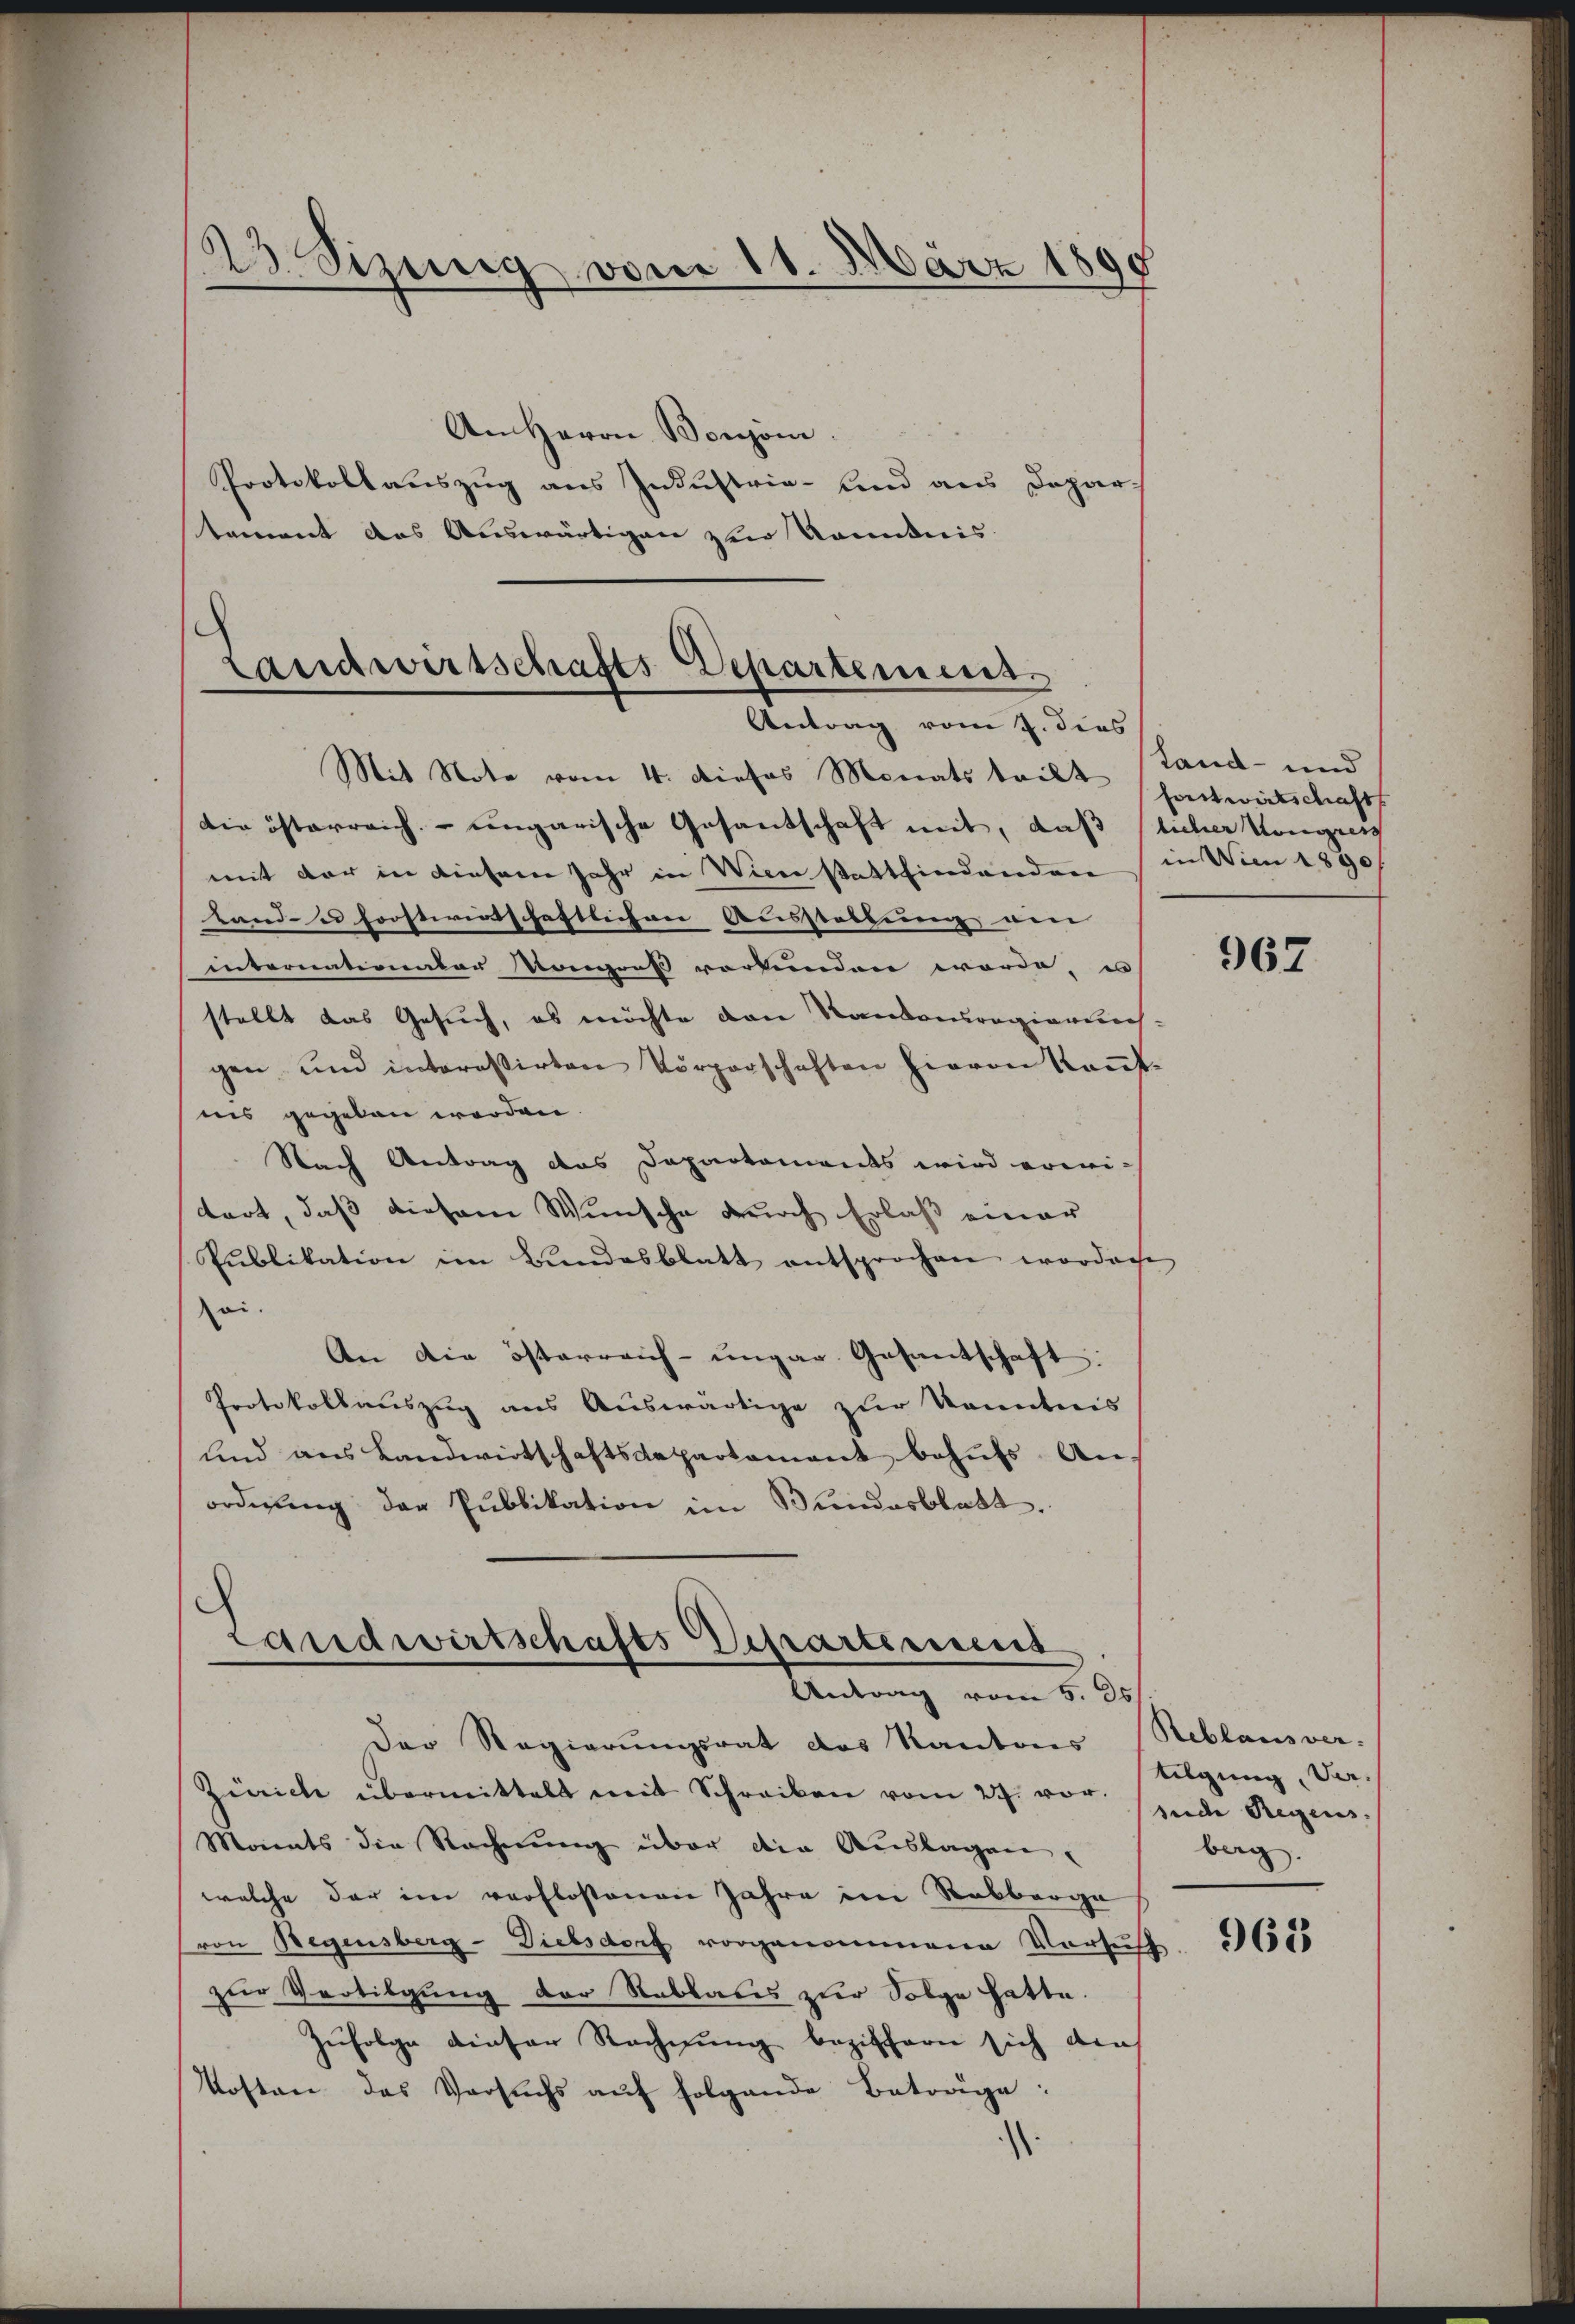
23. Sizung vom 11. März 1890

An Herrn Bonzoni
Protokollauszug aus Industrie- und aus Deparstament das Auswärtigen zur Kenntnis.

Landwirtschafts-Departemens
Antrag vom 7. dies
Mit Note vom 4. dieses Monats teilt

die österreich ungarische Gesandschaft mit, daß licher Kongren
mit der in diesem Jahr in Wienstattfindenden in Wien 1890
Land- u forstirentschaftlichen Ausstellung ein |
internation der Kongreß vorkunden worde, u
stellt das Gesuch, es möchte den Randensregierungs-
gen und interessirten Vörperschaften hievon Kauf-
nis gegeben worden.
Nach Antrag das Dapartements wird voritart, daß diesem Wunsche durch Erlaß einer
Publikation im Bundesblatt entsprochen worden
oi.
An die österreich-ungar. Gesantschaft
Protokollauszug aus Auswärtige zur Kenntnis
und aus Landwirtschaftsdepartament behufs An-
ordnung der Publikation im Bundesblatt.
Landwirtschafts Departement
Antrag vom 8. d.
Der Regierungsrat des Kantons Reblausver-
Zürich übermittelt mit Schreiben vom 27. vor inde Regens
Monats die Rechnung über die Aŭslagen,
welche der im verflossenen Jahre im Rabberge
von Regensberg-Dielsdorf vorgenommene Versuch 1655
zur Vertilgung der Sabbares zur Folge hatte.
Zufolge dieser Rechnung beziffern sich die
Kosten des Versuchs auf folgende Betrage:

Land- und
Forstwirtschaft

962

tilgung, Verberg.